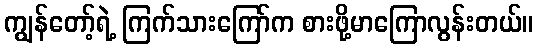
ကျွန်တော့်ရဲ့ ကြက်သားကြော်က စားဖို့မာကြောလွန်းတယ်။